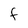
Character: f